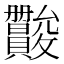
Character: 𫿪